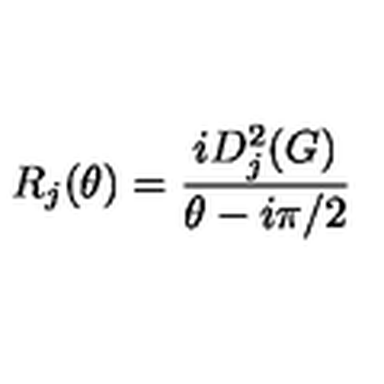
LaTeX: R _ { j } ( \theta ) = \frac { i D _ { j } ^ { 2 } ( G ) } { \theta - i \pi / 2 }